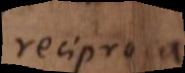
reciproca